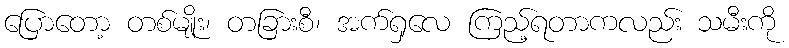
ပြောတော့ တစ်မျိုး၊ တခြားစီ၊ အက်ရှလေ ကြည့်ရတာကလည်း သမီးကို